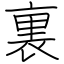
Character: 裏